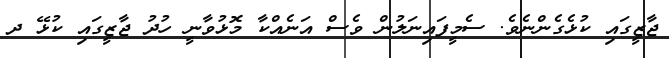
ޖާޒީގައި ކުޅެގެންނެވެ. ސެމީފައިނަލުން ވެސް އަނެެއްކާ މޮޅުވާނީ ހުދު ޖާޒީގައި ކުޅޭ ދ